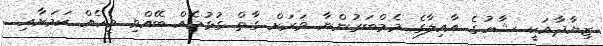
ޒިޔާދާއަކީ ޝާހުގެ އާއިލާގެ މެމްބަރުންނާ ވަރަށް ގާތް ގުޅުމެއް ބޭއްވި މީހެއް ކަމަށާއި